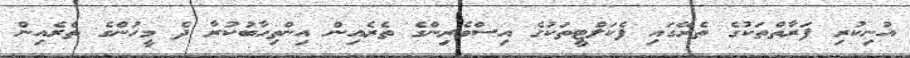
އުނިކުރި ފަރާތްތަކުގެ ތެރޭގައި ފެކަލްޓީތަކުގެ އިސްވެރިންގެ ތެރެއިން އިންތިހާބުކުރާ ދެ މީހުންގެ ތެރެއިން